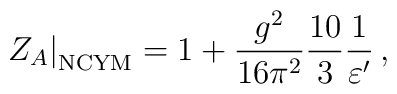
\left. Z_A \right|_{\rm NCYM}     = 1 +       \frac{g^2}{16\pi^2} \frac{10}{3}       \frac{1}{\varepsilon^\prime}\, ,